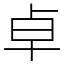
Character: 卓